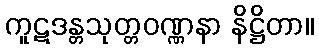
ကူဋဒန္တသုတ္တဝဏ္ဏနာ နိဋ္ဌိတာ။